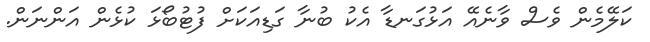
ކަލޭމެން ވެސް ވާނެއޭ އަޅުގަނޑާ އެކު ބުނާ ގަޑިއަކަށް ފުޓުބޯޅަ ކުޅެން އަންނަން.